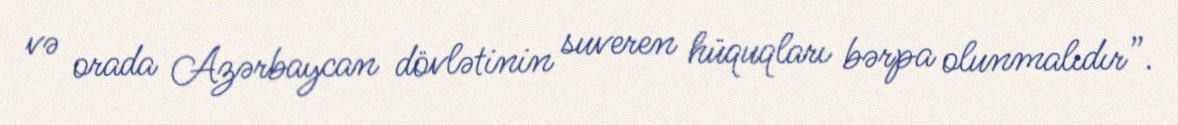
və orada Azərbaycan dövlətinin suveren hüquqları bərpa olunmalıdır”.